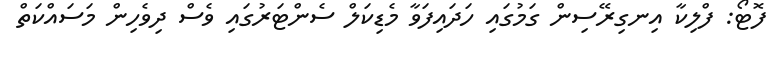
ފޮޓޯ: ފްލިކާ އިނގިރޭސިން ގަމުގައި ހަދައިފަވާ މެޑިކަލް ސެންޓަރުގައި ވެސް ދިވެހިން މަސައްކަތް